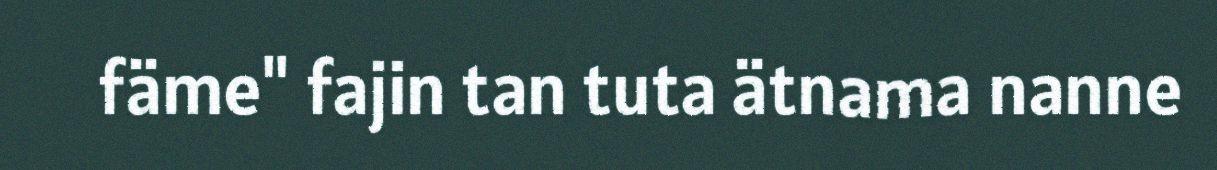
fäme" fajin tan tuta ätnama nanne